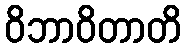
ဝိဘာဝိတာတိ